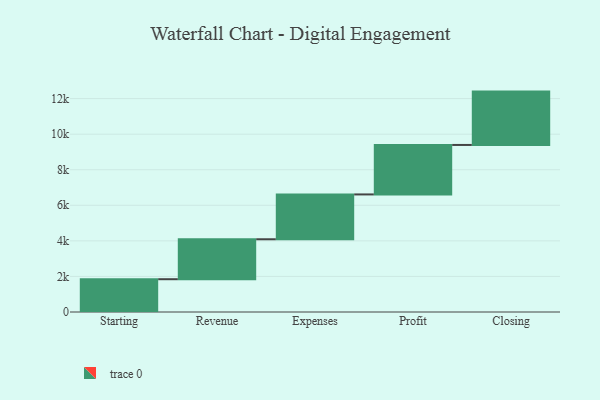
{"axis": {"x": "Step", "y": "Value"}, "legend": [""], "data": [{"x": "Starting", "y": 1844.0, "type": ""}, {"x": "Revenue", "y": 2246.0, "type": ""}, {"x": "Expenses", "y": 2521.0, "type": ""}, {"x": "Profit", "y": 2782.0, "type": ""}, {"x": "Closing", "y": 3000, "type": ""}]}